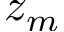
z _ { m }